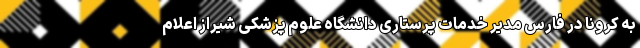
به کرونا در فارس مدیر خدمات پرستاری دانشگاه علوم پزشکی شیراز اعلام